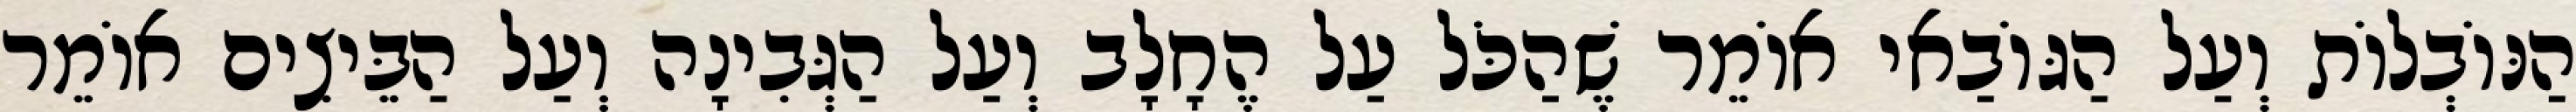
הַנּוֹבְלוֹת וְעַל הַגּוֹבַאי אוֹמֵר שֶׁהַכֹּל עַל הֶחָלָב וְעַל הַגְּבִינָה וְעַל הַבֵּיצִים אוֹמֵר